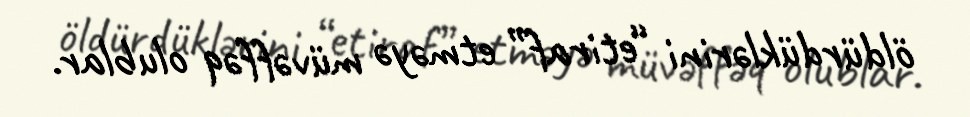
öldürdüklərini “etiraf” etməyə müvəffəq olublar.